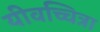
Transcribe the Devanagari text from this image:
यीवच्चित्रा